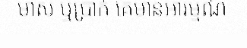
មាស ឬប្រាក់ គេមានអារម្មណ៍